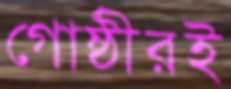
গোষ্ঠীরই